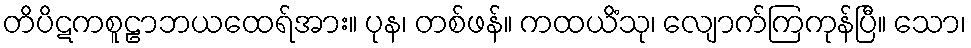
တိပိဋကစူဠာဘယထေရ်အား။ ပုန၊ တစ်ဖန်။ ကထယိံသု၊ လျောက်ကြကုန်ပြီ။ သော၊